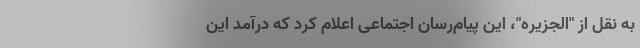
به نقل از "الجزیره"، این پیام‌رسان اجتماعی اعلام کرد که درآمد این